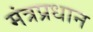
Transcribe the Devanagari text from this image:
मंत्रप्रधान